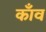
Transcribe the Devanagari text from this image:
काँव